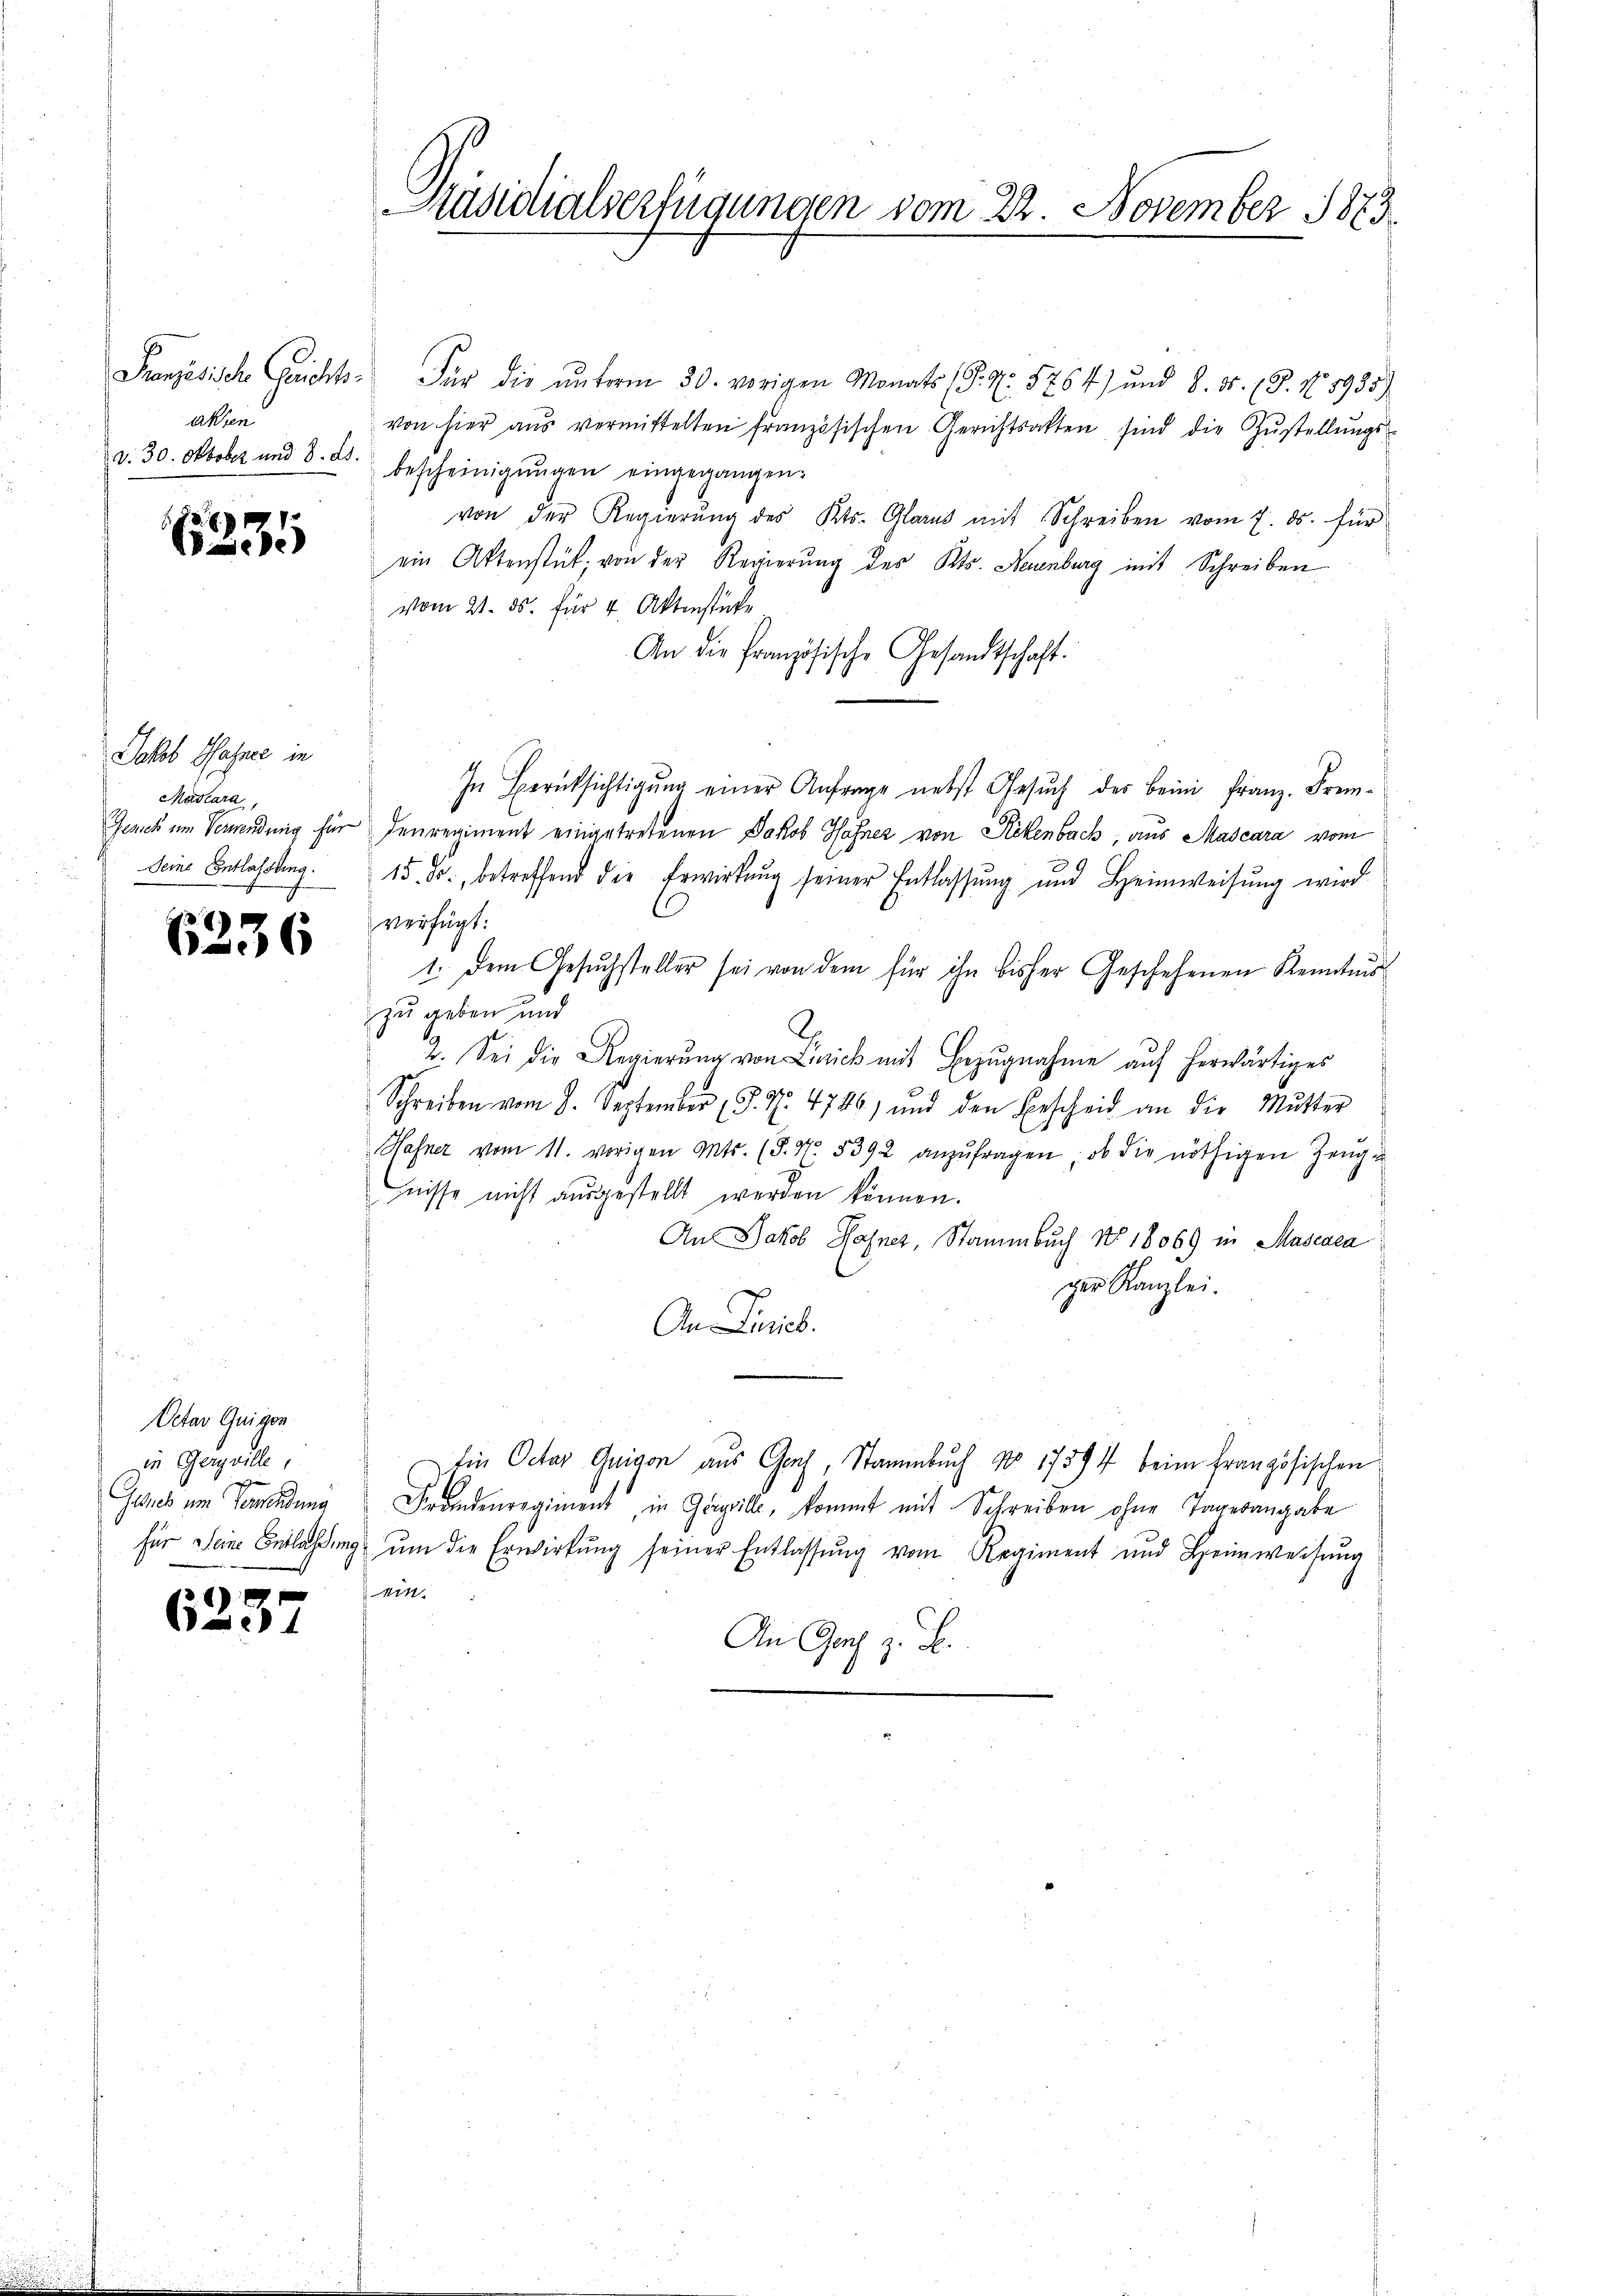
aken
d. 30. Oktober und 8. ds.

6335

Jakob Hasse in
Madlara,
Seine Entlassung.

6236

Oetar Guigon
in Gerville,
Jahres um Verwendung

6237

Präsidialverfügungen vom 22. November 1873
I.

Französische Gerichts- Für die ŭnterm 30. vorigen Monats (S. Nr. 5764) und 8. 35 (8. No. 5935)
von hier aus vermittelten französischen Gerichtsalten sind die Zustellungsbescheinigungen eingegangen:
von der Regierung des Kts. Glarus mit Schreiben vom 7. ds. für
ein Aktenstät, von der Regierung des Kts. Neuenburg mit Schreiben
vom 21. ds. für 4. Aktenstücke
An die französische Gesandtschaft.
In Berücksichtigŭng einer Anfrage nebst Gesŭch des beim Franz. Frem-
Genick im Verwendung für denregiment eingetretenen Jakob Hähner von Rickenbach, aus Mascara vom
15. Fr., betreffend die Erwirkung seiner Entlassŭng und Heimweisŭng wird
verfügt:
1. Dem Gesuchsteller sei von dem für ihn bisher Geschehenen Kenntnis
zu geben und
2
2. Sei die Regierŭng von Zürich mit Bezugnahme auf herwärtiges
Schreiben vom 8. September (S. Nr. 4746, und den Bescheid an die Mutter
Hafner vom 11. vorigen Mts. (§. N. 5392 anzŭfragen, ob die nöthigen Zeugu
hnisse nicht ausgestellt werden können.
An Jakob Hafner, Stammbuch No 18069 in Mascaca
ger Kanzlei.
An Turich.
Ein Octav Guigon aus Gach, Stammbuch No 17594 beim Französischen
Fründenregiment, in Grille, kommt mit Schreiben ohne Tagesangabe
für Seine Entlassŭng ŭm die Erwirkung seiner Entlassŭng vom Regiment und Heimweisŭng
in.
An Gas z. B.